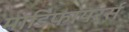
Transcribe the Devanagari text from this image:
मोडिफायरर्स